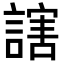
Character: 𬣁